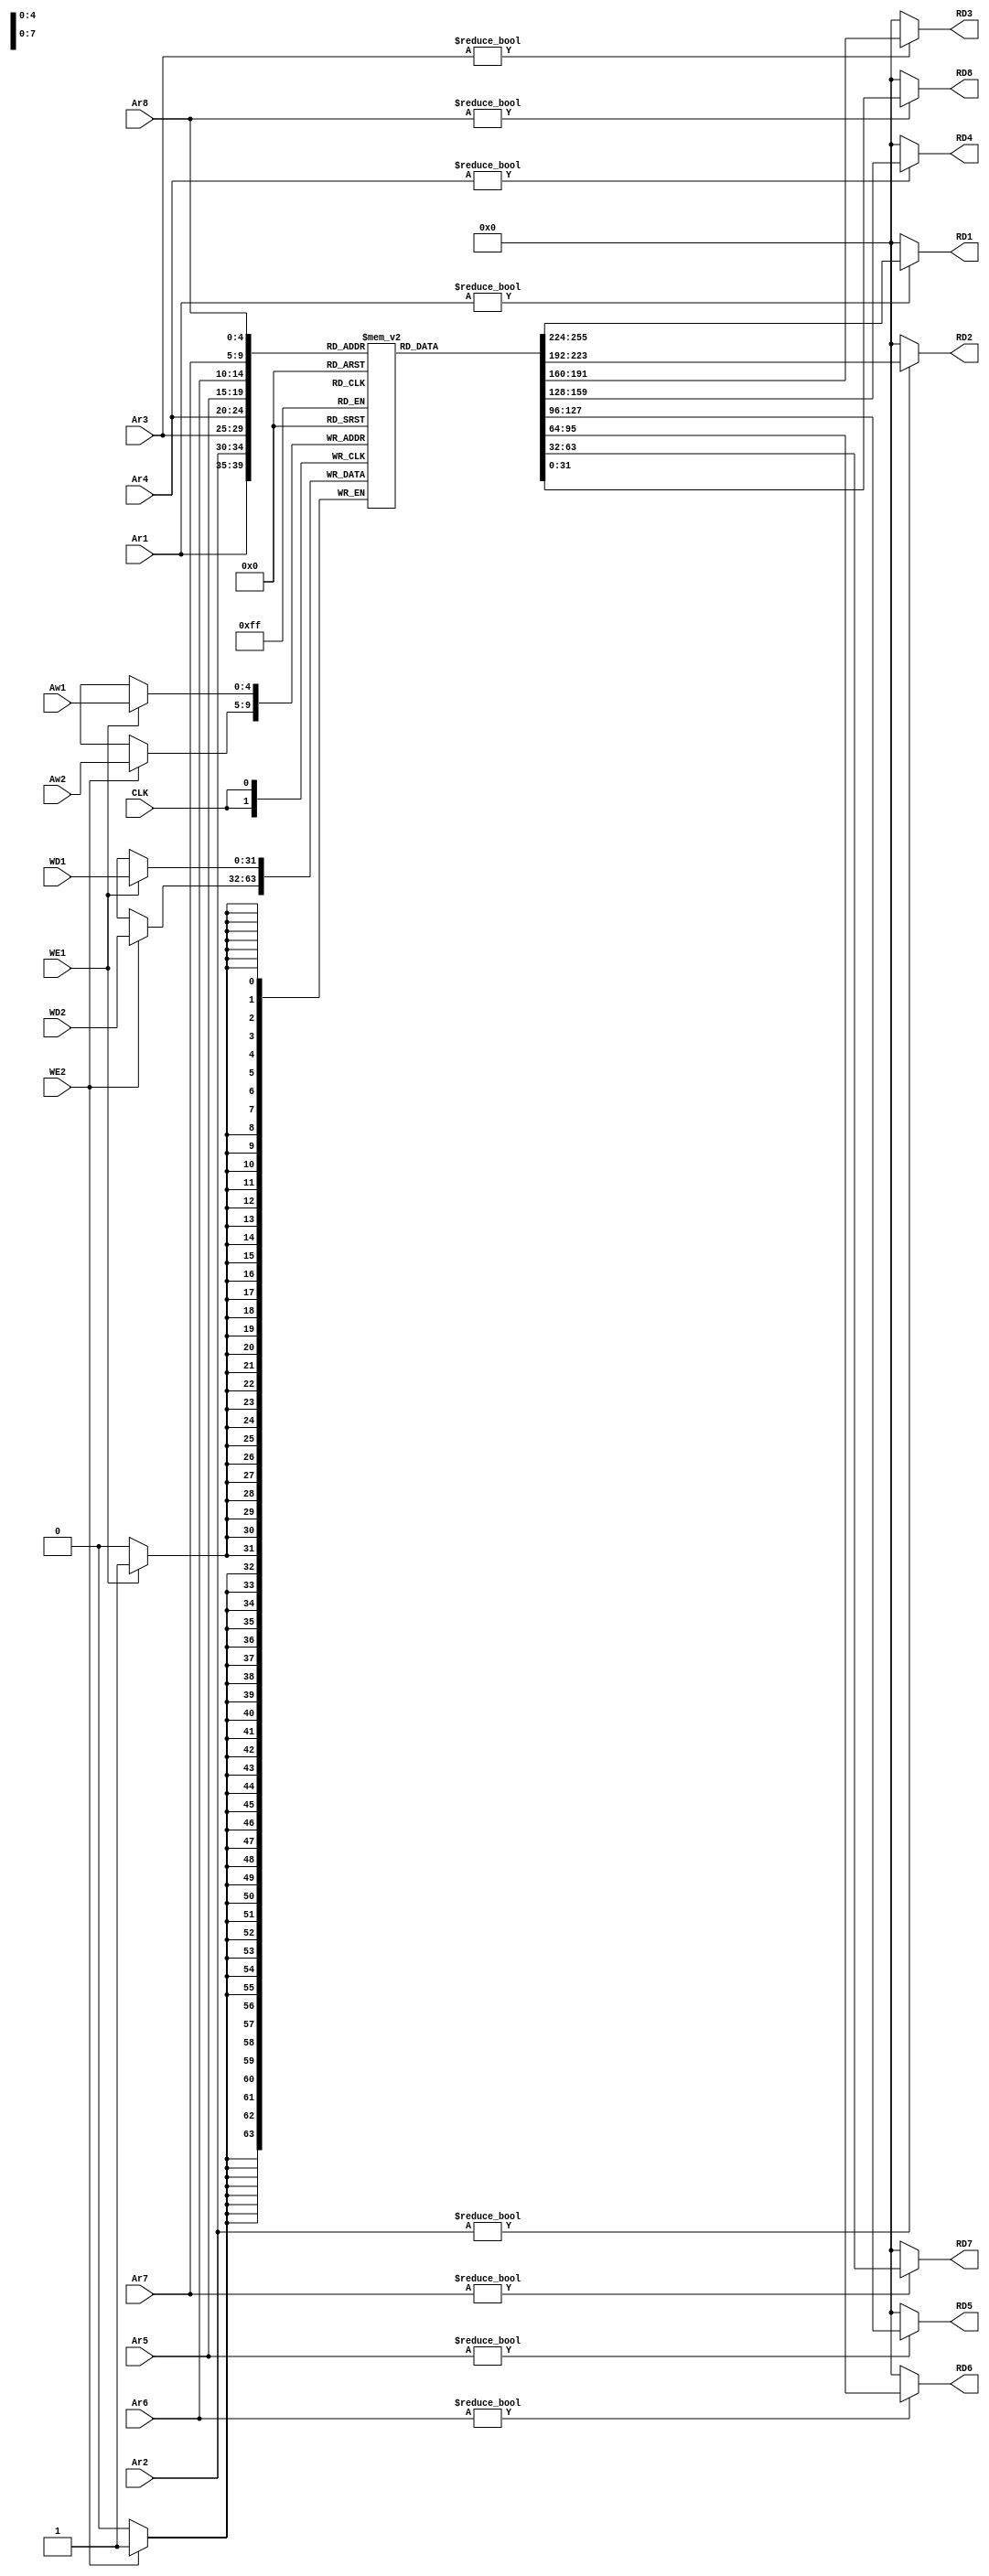
module Register_File(input         CLK, WE1,WE2,
               input  [4:0]  Ar1, Ar2, Ar3 , Ar4 , Ar5, Ar6, Ar7, Ar8, Aw1 , Aw2,
               input  [31:0] WD1,WD2,
               output [31:0] RD1, RD2,RD3, RD4,RD5, RD6,RD7, RD8 );

  reg [31:0] rf[31:0];

  always @(negedge CLK)begin
    if (WE1) rf[Aw1] <= WD1;	//for writing on reg if needed
	if (WE2) rf[Aw2] <= WD2;
  end

  assign RD1 = (Ar1 != 0) ? rf[Ar1] : 32'b0; //reading from reg if reg #0 selected output will be hardwired to 0
  assign RD2 = (Ar2 != 0) ? rf[Ar2] : 32'b0;
  assign RD3 = (Ar3 != 0) ? rf[Ar3] : 32'b0;
  assign RD4 = (Ar4 != 0) ? rf[Ar4] : 32'b0;
  assign RD5 = (Ar5 != 0) ? rf[Ar5] : 32'b0; 
  assign RD6 = (Ar6 != 0) ? rf[Ar6] : 32'b0;
  assign RD7 = (Ar7 != 0) ? rf[Ar7] : 32'b0;
  assign RD8 = (Ar8 != 0) ? rf[Ar8] : 32'b0;
endmodule